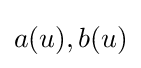
a(u),b(u)